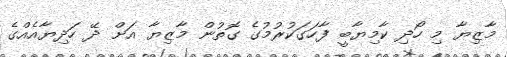
މާޒިޔާ މި ހޯދި ކާމިޔާބީ ފާހަގަކުރުމުގެ ގޮތުން މާޒިޔާ އަށް ދޭ ހަދިޔާއެއްގެ